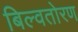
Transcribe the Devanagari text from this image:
बिल्वतोरण